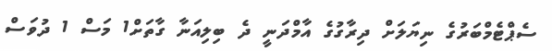
ސެޕްޓެމްބަރުގެ ނިޔަލަށް ދިރާގުގެ އާމްދަނީ ދެ ބިލިއަނާ ގާތަށް1 މަސް 1 ދުވަސް